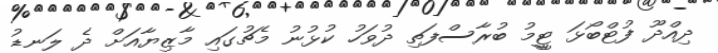
ދިއްދޫ ފުޓްބޯޅަ ޓީީމު ބުރާސްފަތި ދުވަހު ކުޅުނު މެޗުގައި މާޒިޔާއަށް ދެ ލަނޑު